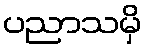
ပညာသမှိ